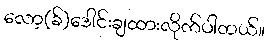
လော့(ခ်)ဒေါင်းချထားလိုက်ပါတယ်။